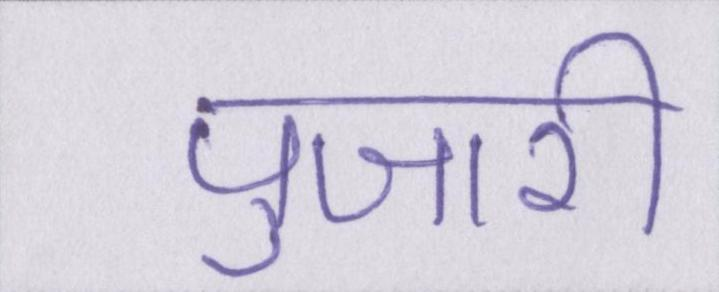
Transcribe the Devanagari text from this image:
पुजारी